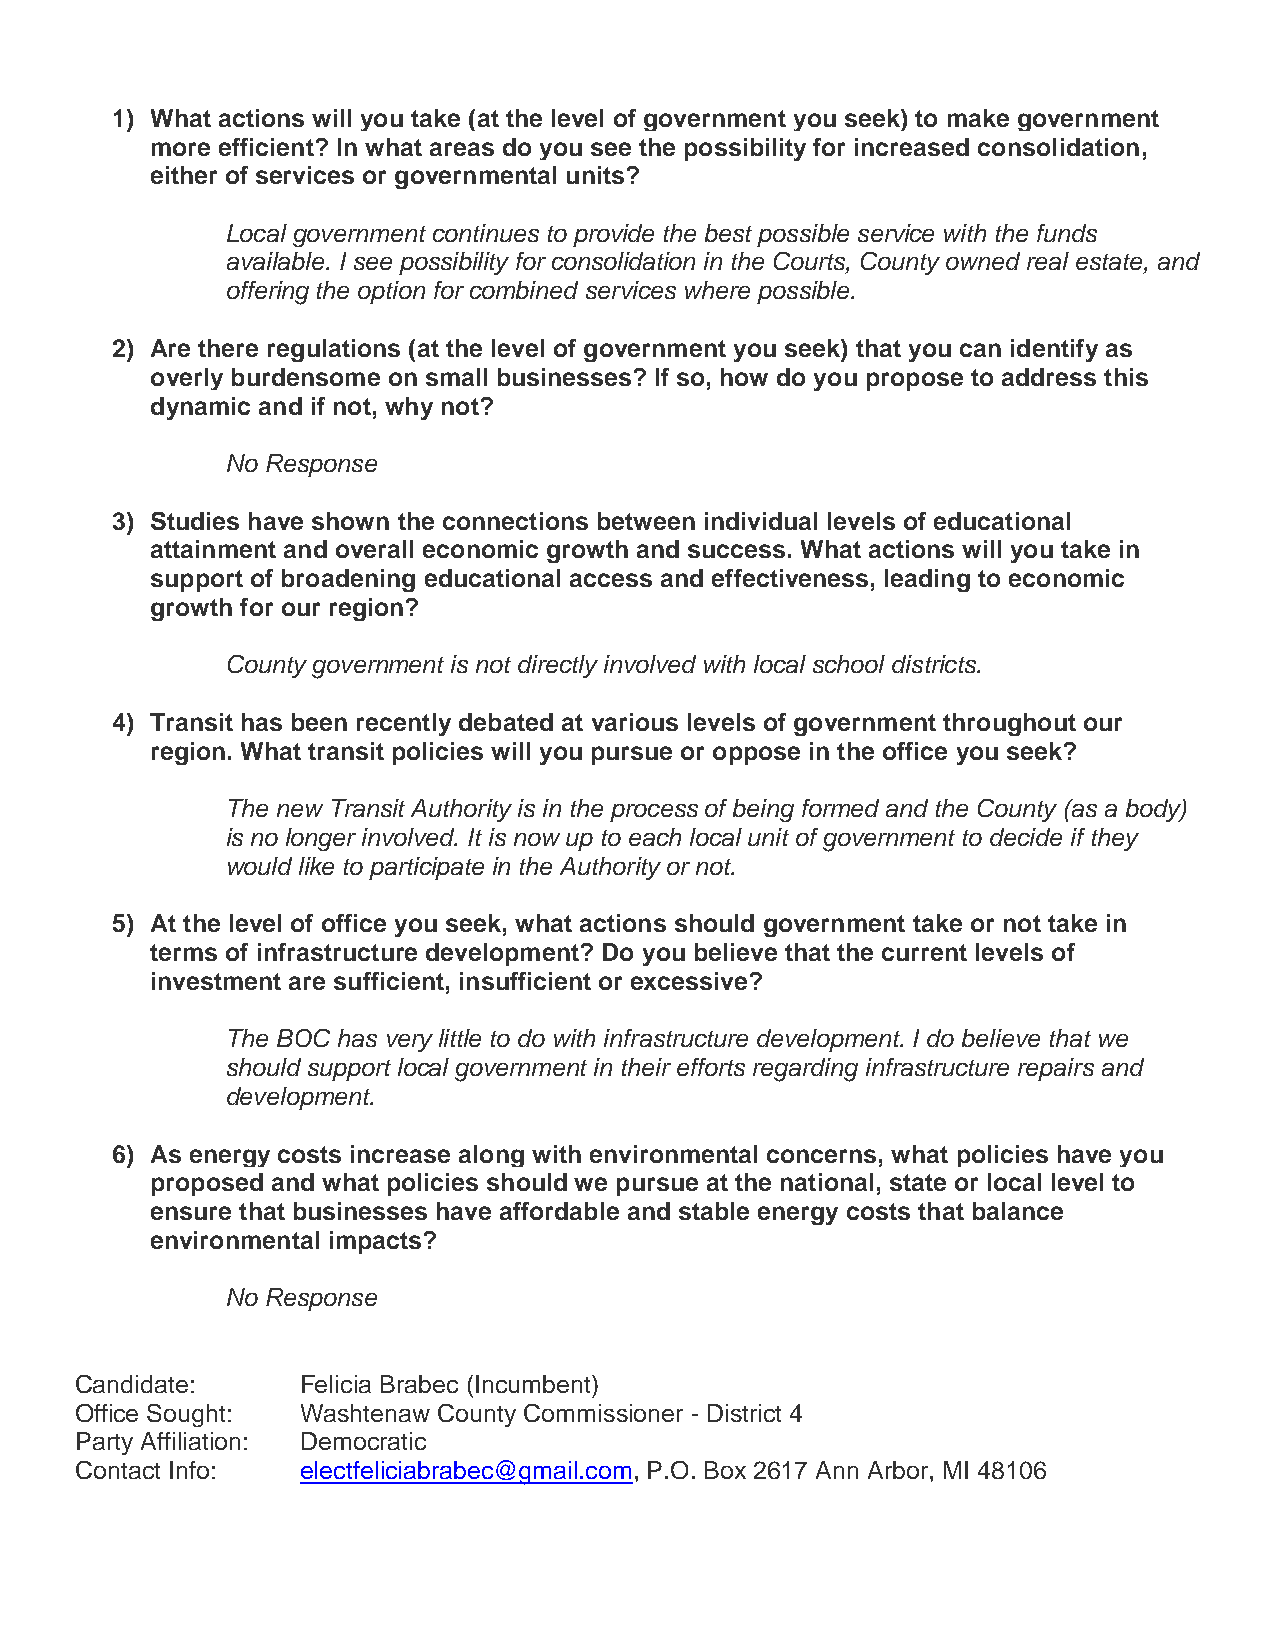
1) What actions will you take (at the level of government you seek) to make government
 more efficient? In what areas do you see the possibility for increased consolidation,
 either of services or governmental units?
 Local government continues to provide the best possible service with the funds
 available. I see possibility for consolidation in the Courts, County owned real estate, and
 offering the option for combined services where possible.
 2) Are there regulations (at the level of government you seek) that you can identify as
 overly burdensome on small businesses? If so, how do you propose to address this
 dynamic and if not, why not?
 No Response
 3) Studies have shown the connections between individual levels of educational
 attainment and overall economic growth and success. What actions will you take in
 support of broadening educational access and effectiveness, leading to economic
 growth for our region?
 County government is not directly involved with local school districts.
 4) Transit has been recently debated at various levels of government throughout our
 region. What transit policies will you pursue or oppose in the office you seek?
 The new Transit Authority is in the process of being formed and the County (as a body)
 is no longer involved. It is now up to each local unit of government to decide if they
 would like to participate in the Authority or not.
 5) At the level of office you seek, what actions should government take or not take in
 terms of infrastructure development? Do you believe that the current levels of
 investment are sufficient, insufficient or excessive?
 The BOC has very little to do with infrastructure development. I do believe that we
 should support local government in their efforts regarding infrastructure repairs and
 development.
 6) As energy costs increase along with environmental concerns, what policies have you
 proposed and what policies should we pursue at the national, state or local level to
 ensure that businesses have affordable and stable energy costs that balance
 environmental impacts?
 No Response
 Candidate:     Felicia Brabec (Incumbent)
 Office Sought: Washtenaw County Commissioner - District 4
 Party Affiliation: Democratic
 Contact Info:  electfeliciabrabec@gmail.com, P.O. Box 2617 Ann Arbor, MI 48106